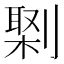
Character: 𠟕